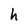
Character: h